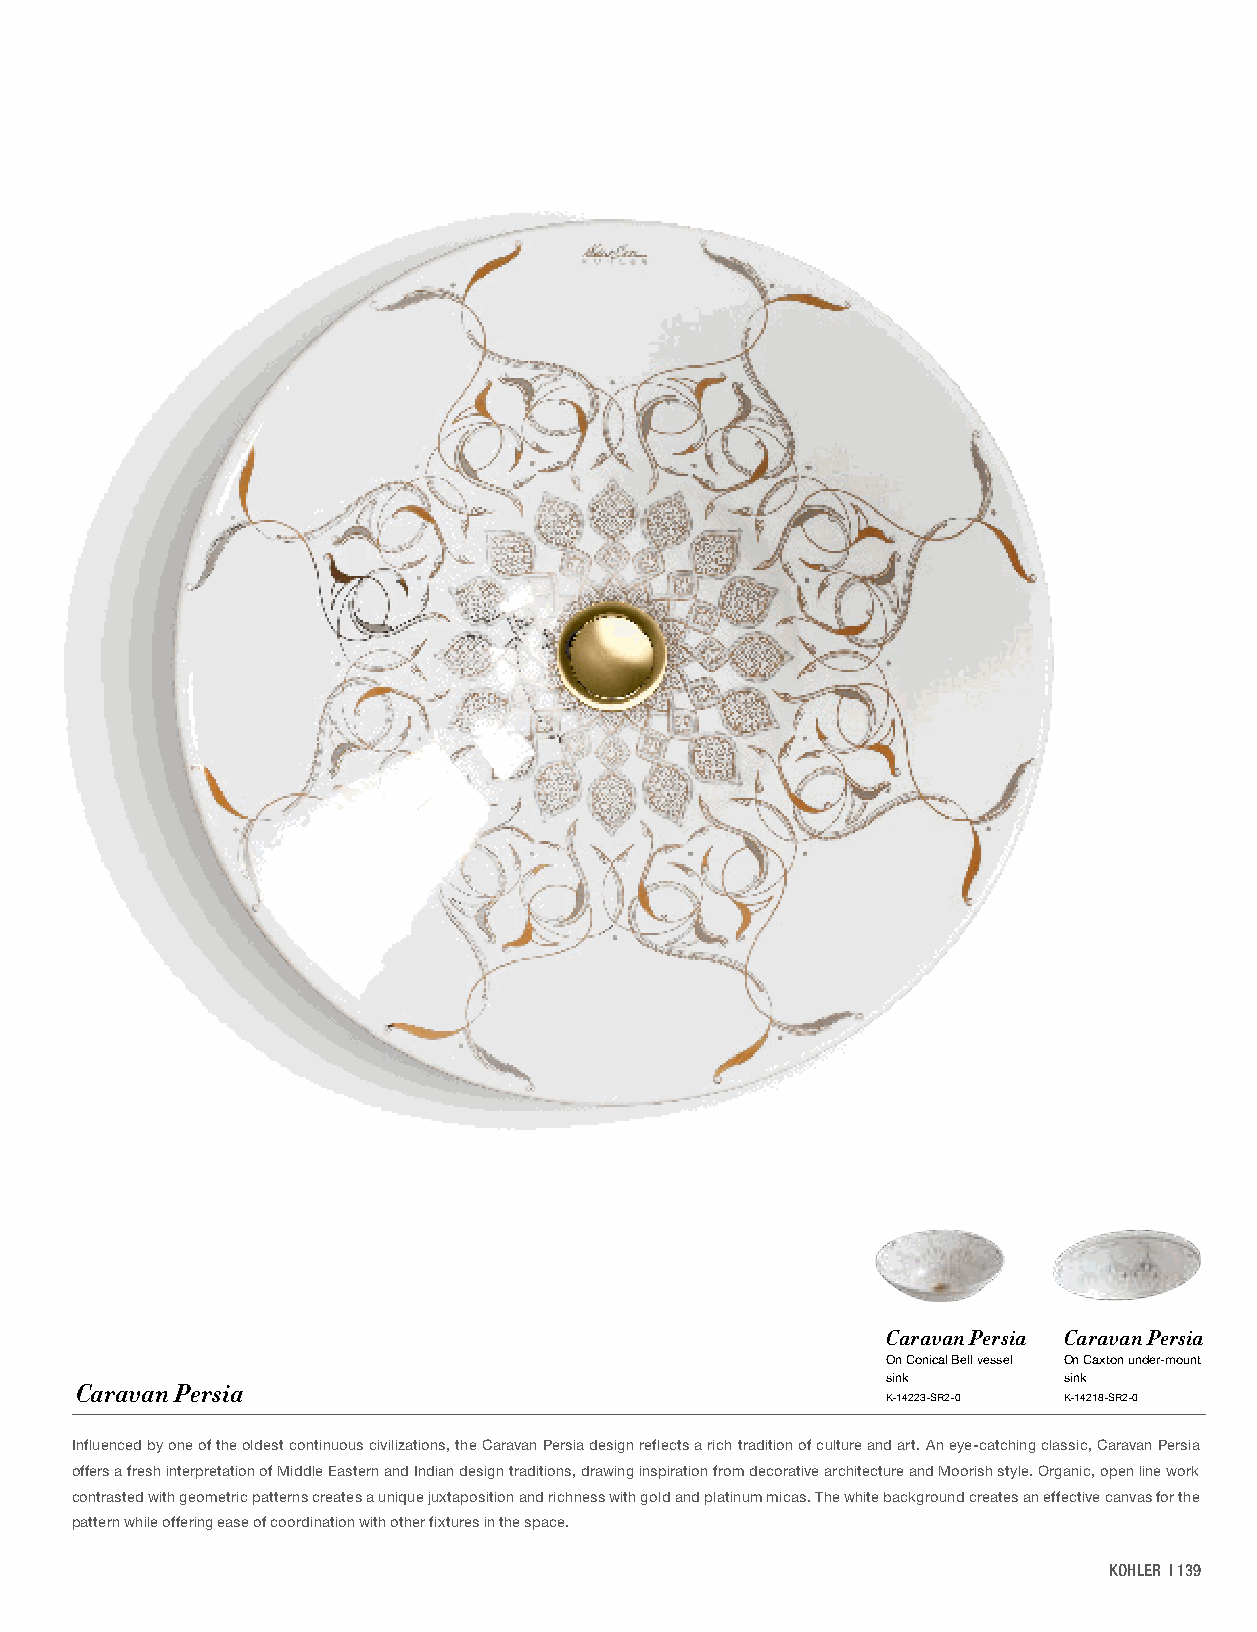
Caravan Persia Caravan Persia
 On Conical Bell vessel On Caxton under-mount
 sink       sink
 Caravan Persia
 K-14223-SR2-0 K-14218-SR2-0
 Influenced by one of the oldest continuous civilizations, the Caravan Persia design reflects a rich tradition of culture and art. An eye-catching classic, Caravan Persia
 offers a fresh interpretation of Middle Eastern and Indian design traditions, drawing inspiration from decorative architecture and Moorish style. Organic, open line work
 contrasted with geometric patterns creates a unique juxtaposition and richness with gold and platinum micas. The white background creates an effective canvas for the
 pattern while offering ease of coordination with other fixtures in the space.
 KOHLER | 139